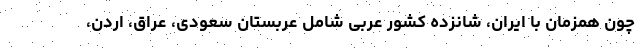
چون همزمان با ایران، شانزده کشور عربی شامل عربستان سعودی، عراق، اردن،